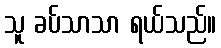
သူ ခပ်သာသာ ရယ်သည်။